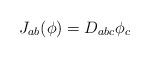
LaTeX: \begin{align*}J_{ab} (\phi) = D_{abc} \phi_c \end{align*}